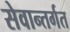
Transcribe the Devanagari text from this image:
सेवान्तर्गत